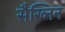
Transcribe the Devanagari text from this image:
सैख्निन